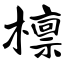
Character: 檩